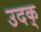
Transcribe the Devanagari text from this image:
उदक्